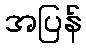
အပြန်